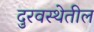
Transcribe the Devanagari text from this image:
दुरवस्थेतील